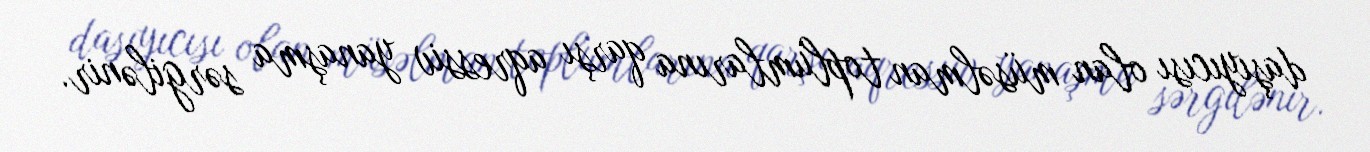
daşıyıcısı olan müsəlman toplumlarına qarşı aqressiv yanaşma sərgilənir.